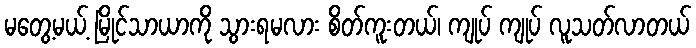
မတွေ့မယ့် မြိုင်သာယာကို သွားရမလား စိတ်ကူးတယ်၊ ကျုပ် ကျုပ် လူသတ်လာတယ်